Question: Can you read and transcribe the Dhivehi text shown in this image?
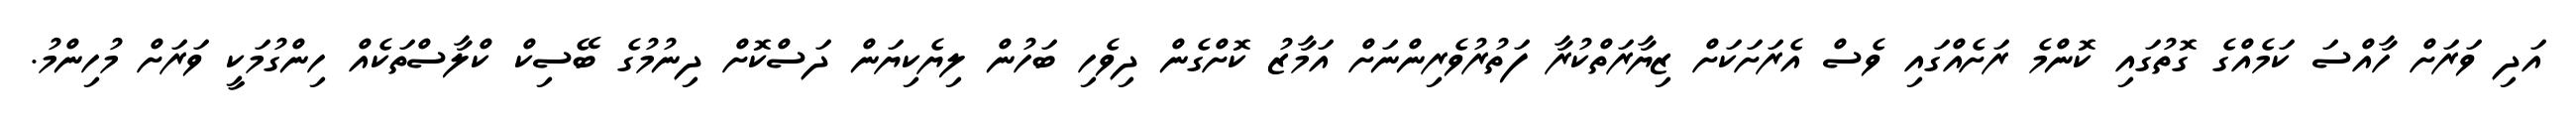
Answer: އަދި ވަރަށް ހާއްސަ ކަމެއްގެ ގޮތުގައި ކޮންމެ ރަށެއްގައި ވެސް އެރަށަކަށް ޒިޔާރަތްކުރާ ފަތުރުވެރިންނަށް އަމާޒު ކޮށްގެން ދިވެހި ބަހުން ލިޔެކިޔަން ދަސްކޮށް ދިނުމުގެ ބޭސިކް ކްލާސްތަކެއް ހިންގުމަކީ ވަރަށް މުހިންމު.